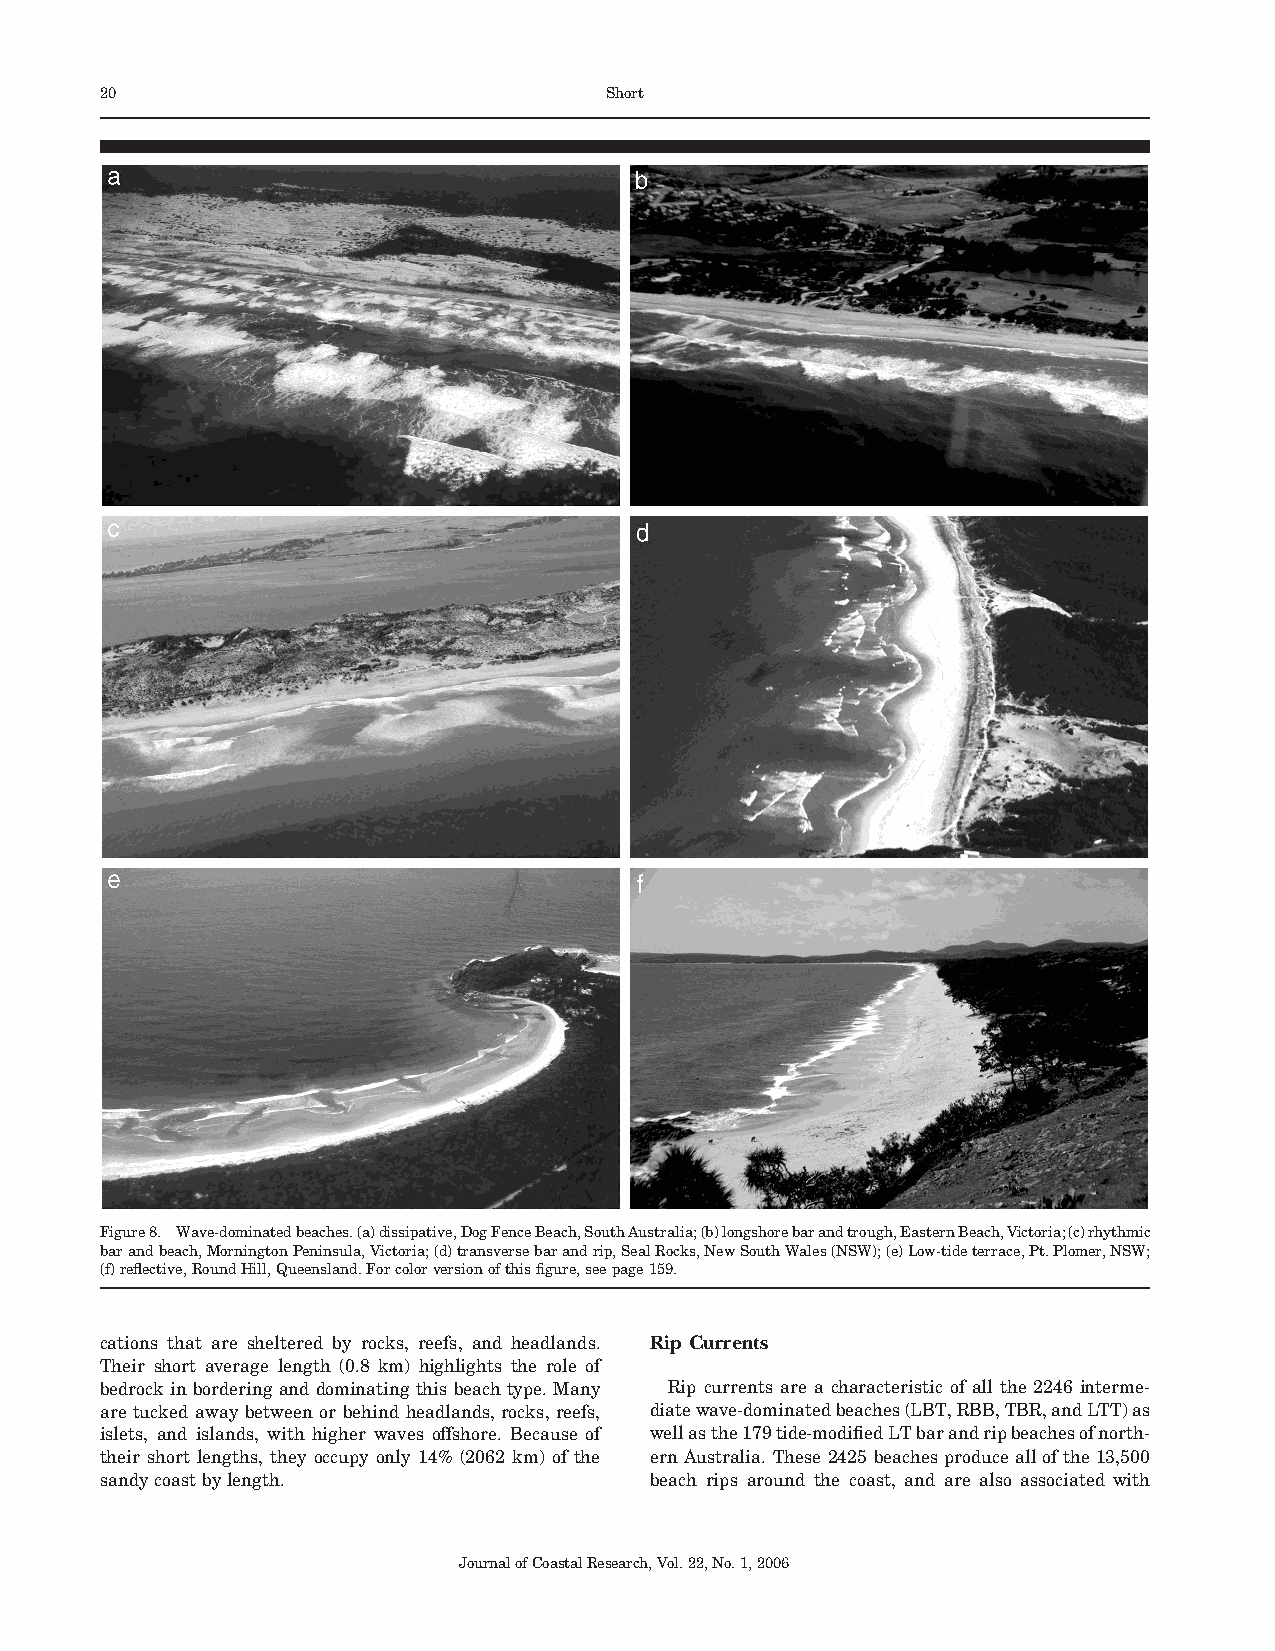
20                               Short
 Figure8. Wave-dominatedbeaches.(a)dissipative,DogFenceBeach,SouthAustralia;(b)longshorebarandtrough,EasternBeach,Victoria;(c)rhythmic
 barandbeach,MorningtonPeninsula,Victoria;(d)transversebarandrip,SealRocks,NewSouthWales(NSW);(e)Low-tideterrace,Pt.Plomer,NSW;
 (f)reflective,RoundHill,Queensland.Forcolorversionofthisfigure,seepage159.
 cations that are sheltered by rocks, reefs, and headlands. Rip Currents
 Their short average length (0.8 km) highlights the role of
 bedrock in bordering and dominating this beachtype.Many Rip currents are a characteristic of all the 2246 interme-
 are tucked away between or behind headlands, rocks,reefs, diatewave-dominatedbeaches(LBT,RBB,TBR,andLTT)as
 islets, and islands, with higher waves offshore. Because of wellasthe179tide-modifiedLTbarandripbeachesofnorth-
 their short lengths, they occupy only 14% (2062 km) of the ern Australia. These 2425 beaches produce allof the 13,500
 sandycoastbylength.                 beach rips around the coast, and are also associated with
 JournalofCoastalResearch,Vol.22,No.1,2006